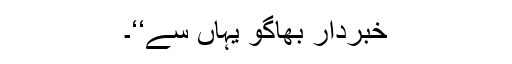
خبردار بھاگو یہاں سے‘‘۔